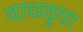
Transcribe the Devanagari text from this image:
वाचवुया